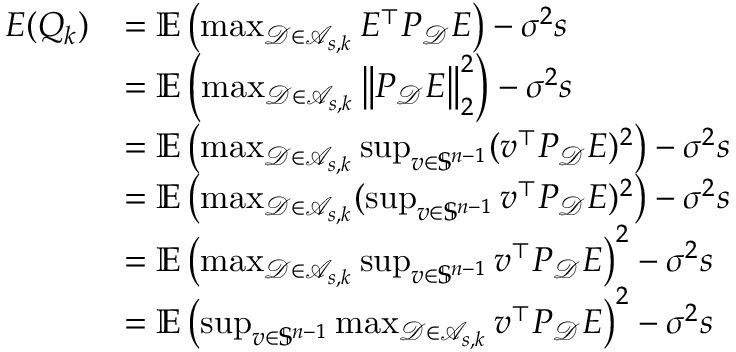
\begin{array} { r l } { E ( Q _ { k } ) } & { = \mathbb { E } \left( \operatorname* { m a x } _ { \mathcal { D } \in \mathscr { A } _ { s , k } } E ^ { \top } P _ { \mathcal { D } } E \right) - \sigma ^ { 2 } s } \\ & { = \mathbb { E } \left( \operatorname* { m a x } _ { \mathcal { D } \in \mathscr { A } _ { s , k } } \left\| P _ { \mathcal { D } } E \right\| _ { 2 } ^ { 2 } \right) - \sigma ^ { 2 } s } \\ & { = \mathbb { E } \left( \operatorname* { m a x } _ { \mathcal { D } \in \mathscr { A } _ { s , k } } \operatorname* { s u p } _ { v \in \mathbb { S } ^ { n - 1 } } ( v ^ { \top } P _ { \mathcal { D } } E ) ^ { 2 } \right) - \sigma ^ { 2 } s } \\ & { = \mathbb { E } \left( \operatorname* { m a x } _ { \mathcal { D } \in \mathscr { A } _ { s , k } } ( \operatorname* { s u p } _ { v \in \mathbb { S } ^ { n - 1 } } v ^ { \top } P _ { \mathcal { D } } E ) ^ { 2 } \right) - \sigma ^ { 2 } s } \\ & { = \mathbb { E } \left( \operatorname* { m a x } _ { \mathcal { D } \in \mathscr { A } _ { s , k } } \operatorname* { s u p } _ { v \in \mathbb { S } ^ { n - 1 } } v ^ { \top } P _ { \mathcal { D } } E \right) ^ { 2 } - \sigma ^ { 2 } s } \\ & { = \mathbb { E } \left( \operatorname* { s u p } _ { v \in \mathbb { S } ^ { n - 1 } } \operatorname* { m a x } _ { \mathcal { D } \in \mathscr { A } _ { s , k } } v ^ { \top } P _ { \mathcal { D } } E \right) ^ { 2 } - \sigma ^ { 2 } s } \end{array}